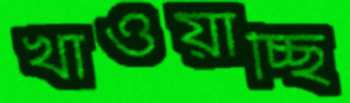
খাওয়াচ্ছি